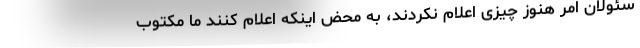
سئولان امر هنوز چیزی اعلام نکردند، به محض اینکه اعلام کنند ما مکتوب